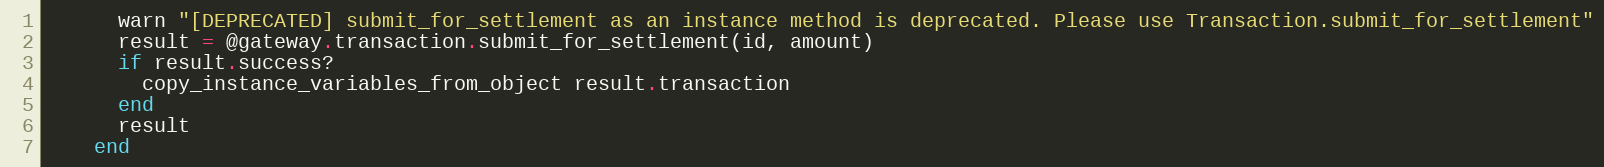
Language: Ruby
      warn "[DEPRECATED] submit_for_settlement as an instance method is deprecated. Please use Transaction.submit_for_settlement"
      result = @gateway.transaction.submit_for_settlement(id, amount)
      if result.success?
        copy_instance_variables_from_object result.transaction
      end
      result
    end